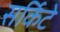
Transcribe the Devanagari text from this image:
सर्किटे